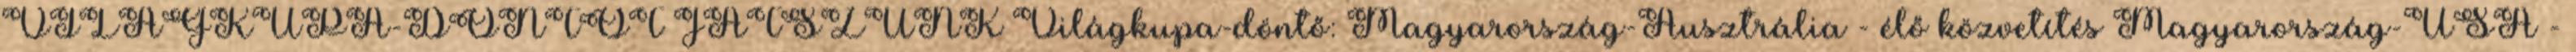
VILÁGKUPA-DÖNTŐT JÁTSZUNK Világkupa-döntő: Magyarország-Ausztrália - élő közvetítés Magyarország-USA -